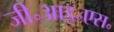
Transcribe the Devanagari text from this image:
जी॰आइ॰एस॰